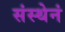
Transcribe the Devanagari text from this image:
संस्थेनं